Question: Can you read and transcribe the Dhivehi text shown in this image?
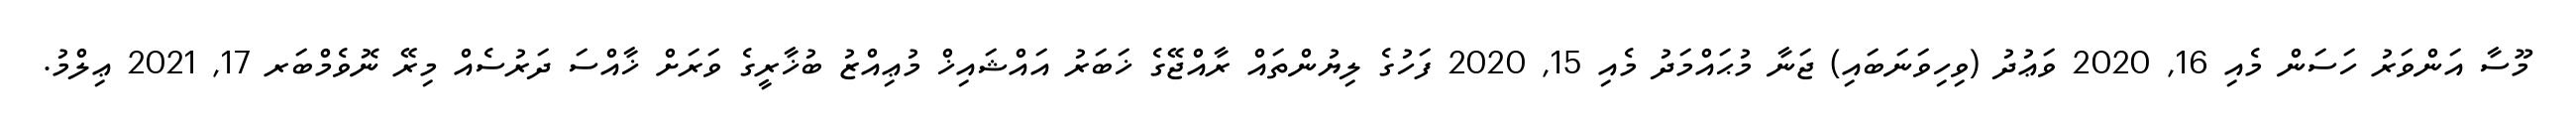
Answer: މޫސާ އަންވަރު ހަސަން މެއި 16, 2020 ވަޢުދު (ވިހިވަނަބައި) ޖަނާ މުޙައްމަދު މެއި 15, 2020 ފަހުގެ ލިޔުންތައް ރާއްޖޭގެ ޚަބަރު އައްޝައިޚް މުޢިއްޒު ބުޚާރީގެ ވަރަށް ޚާއްސަ ދަރުސެއް މިރޭ ނޮވެމްބަރ 17, 2021 ޢިލްމު.